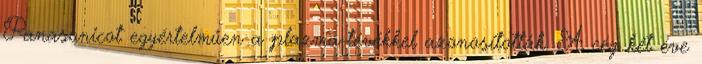
Panasonicot egyértelműen a plazma-tévékkel azonosították. A cég két éve